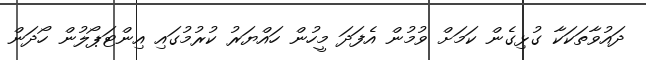
ދައުވާތަކަކާ ގުޅިގެން ކަމަށް ވުމުން އެފަދަ މީހުން ހައްޔަރު ކުރުމުގައި އިންޓަޕޯލުން ހޯދަން